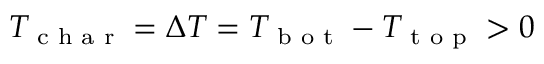
T _ { \textrm { c h a r } } = \Delta T = T _ { \textrm { b o t } } - T _ { \textrm { t o p } } > 0